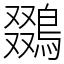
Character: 鵽